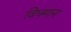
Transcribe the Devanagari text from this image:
विघमान